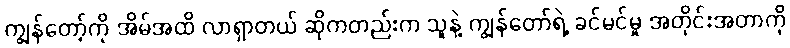
ကျွန်တော့်ကို အိမ်အထိ လာရှာတယ် ဆိုကတည်းက သူနဲ့ ကျွန်တော်ရဲ့ ခင်မင်မှု အတိုင်းအတာကို